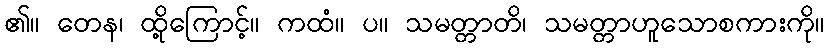
၏။ တေန၊ ထို့ကြောင့်။ ကထံ။ ပ။ သမတ္တာတိ၊ သမတ္တာဟူသောစကားကို။